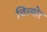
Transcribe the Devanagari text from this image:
विल्मोर